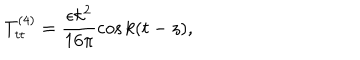
T _ { t t } ^ { ( 4 ) } = \frac { \epsilon k ^ { 2 } } { 1 6 \pi } \cos k ( t - z ) ,